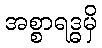
အစ္စာရဒ္ဓမှိ